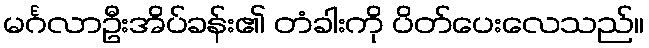
မင်္ဂလာဦးအိပ်ခန်း၏ တံခါးကို ပိတ်ပေးလေသည်။